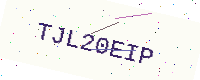
Text: TJL20EIP